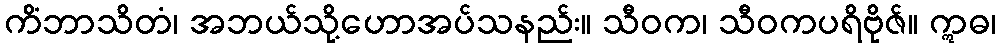
ကိံဘာသိတံ၊ အဘယ်သို့ဟောအပ်သနည်း။ သီဝက၊ သီဝကပရိဗိုဇ်။ ဣဓ၊